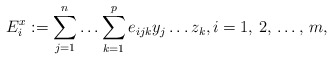
\begin{align*}E_{i}^{x}:=\sum\limits_{j=1}^n {\mathellipsis \sum\limits_{k=1}^p {e_{ijk}y_{j}\mathellipsis z_{k}} } ,i=1,\thinspace 2,\thinspace \mathellipsis ,\thinspace m,\end{align*}